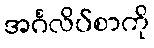
အင်္ဂလိပ်စာကို